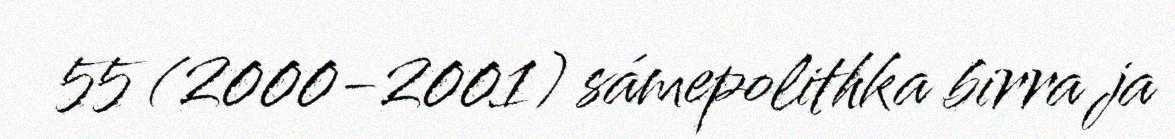
55 (2000-2001) sámepolithka birra ja